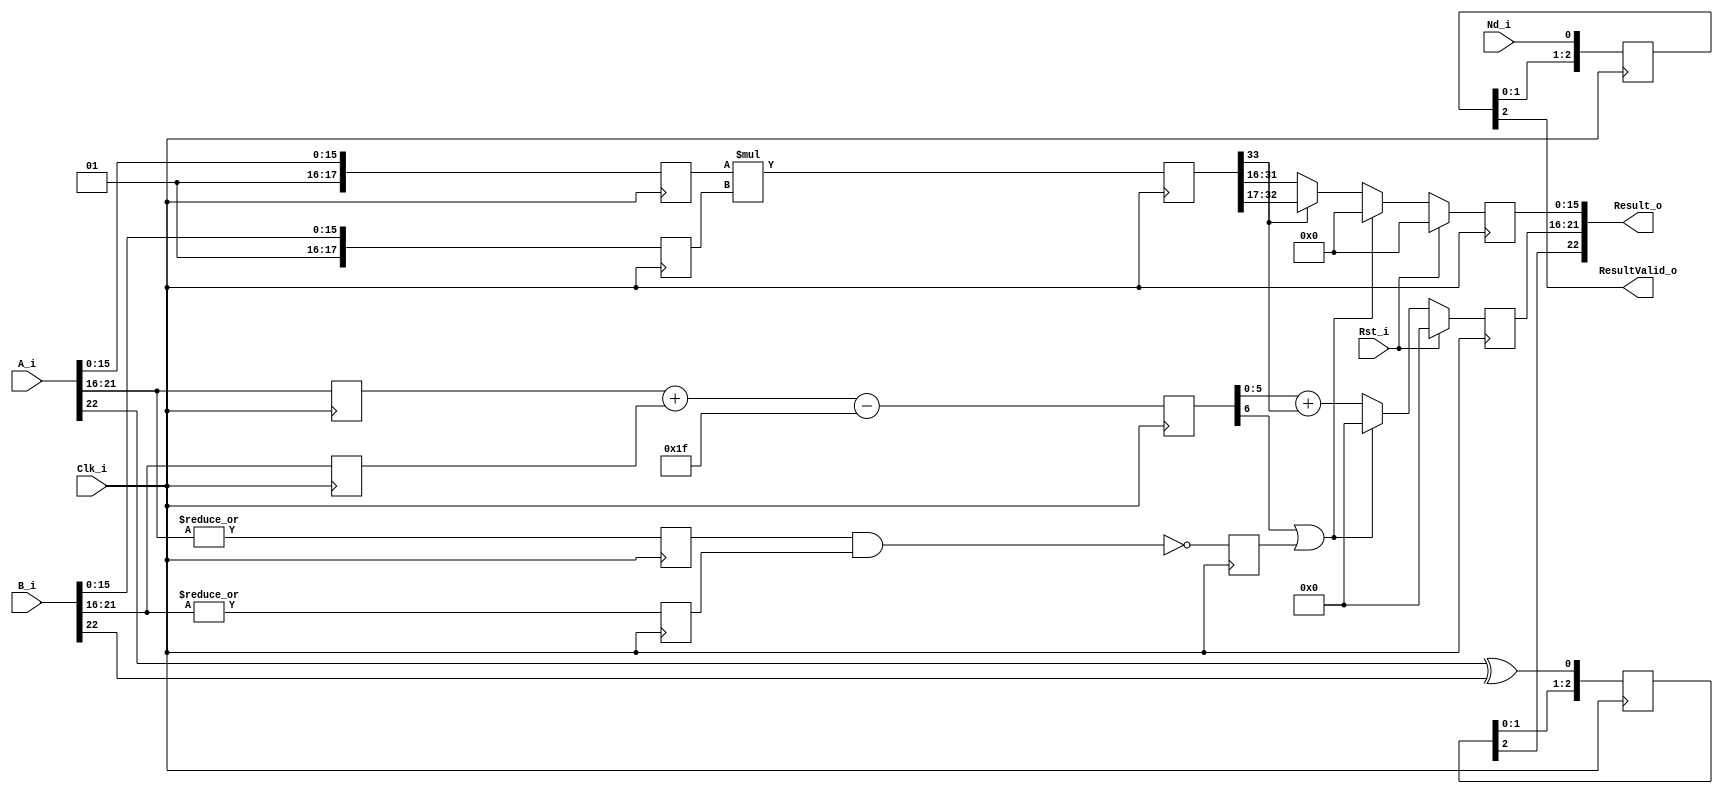
module FpCustomMultiplier 
# (
	parameter	ManWidth	=	16,
	parameter	ExpWidth	=	6
)
(Rst_i,Clk_i,A_i,B_i,Nd_i,Result_o,ResultValid_o);	

//================================================================================
//	PARAMETERS

	localparam	InOutWidth = 1+ExpWidth+ManWidth;
	localparam	ExtManWidth = 2+ManWidth;
	localparam	MultResultWidth = (ExtManWidth*2)-2;
	localparam	ExpConst = (2**(ExpWidth-1))-1;
	
//================================================================================
//	PORTS

	input	Rst_i;
	input	Clk_i;
	
	input	[InOutWidth-1:0]	A_i;
	input	[InOutWidth-1:0]	B_i;
	input	Nd_i;
	output	[InOutWidth-1:0]	Result_o;
	output	ResultValid_o;

//================================================================================
//	REG/WIRE

	reg	expA_or;
	reg	expB_or;
	
	reg	signed	[ExtManWidth-1:0]	manAReg;
	reg	signed	[ExtManWidth-1:0]	manBReg;
	
	reg	[ExpWidth-1:0]	expAReg;
	reg	[ExpWidth-1:0]	expBReg;

	reg	[ExpWidth:0]	expAddProd;
	reg	expZero;
	reg	signed	[MultResultWidth-1:0]	manMultProd;
	
	reg	[ExpWidth-1:0]	expCReg;
	reg	expResultNegative;
	reg	[ManWidth-1:0]	manCReg;
	
	reg	[4:0]	signCShReg;
	reg	[5:0]	resValidShReg;
	
//================================================================================
//	ASSIGNMENTS

	assign Result_o = {signCShReg[2], expCReg,manCReg};
	assign ResultValid_o = resValidShReg[2];
	
//================================================================================
//	CODING	

	always	@(posedge	Clk_i)	begin
		expA_or	<=	|A_i[InOutWidth-2 -:ExpWidth];	//looking for zero exponents for mult operation
		expB_or	<=	|B_i[InOutWidth-2 -:ExpWidth];
		
		manAReg	<=	{2'b01,A_i[ManWidth-1 -:ManWidth]};	//add 0-sign and implied 1 to mantissa.
		manBReg	<=	{2'b01,B_i[ManWidth-1 -:ManWidth]};
		
		expAReg	<=	A_i[InOutWidth-2 -:ExpWidth];	//exp highlight
		expBReg	<=	B_i[InOutWidth-2 -:ExpWidth];
	end
	
	always	@(posedge	Clk_i)	begin
		manMultProd	<=	manAReg*manBReg;	//man(C)=man(A)*man(B)
		
		expAddProd	<=	expAReg+expBReg-ExpConst;	//exp(C)=exp(A)+exp(B)-ExpConst. ExpConst = 2^ExpWidth-1;
		
		expZero	<=	~(expA_or&expB_or);	//setting exp(C) = 0 when either A or B is zero or denormalized.
	end
	
	always	@(posedge	Clk_i)	begin
		expResultNegative	<=	expAddProd[ExpWidth]; //if exponents are too small then their result will be negative
		
		if	(Rst_i)	begin
			expCReg	<=	{ExpWidth{1'b0}};
		end	else	if	(expAddProd[ExpWidth]||expZero)	begin
			expCReg	<=	{ExpWidth{1'b0}};
		end	else	begin
			expCReg	<=	expAddProd[ExpWidth-1:0]+manMultProd[MultResultWidth-1];
		end
		
		if	(Rst_i)	begin
			manCReg	<=	{ManWidth{1'b0}};
		end	else	if	(expAddProd[ExpWidth]||expZero)	begin
			manCReg	<=	{ManWidth{1'b0}};
		end	else	if	(!manMultProd[MultResultWidth-1])	begin	//normalize man(C) in accordance to MSB value
			manCReg	<=	manMultProd[MultResultWidth-3 -:ManWidth];	
		end	else	begin
			manCReg	<=	manMultProd[MultResultWidth-2 -:ManWidth];
		end
	end
	
	always	@(posedge	Clk_i)	begin
		signCShReg	<=	{signCShReg[3:0], A_i[InOutWidth-1] ^ B_i[InOutWidth-1]};
	end
	
	always	@(posedge	Clk_i)	begin
		resValidShReg	<=	{resValidShReg[4:0],	Nd_i};
	end
	
endmodule